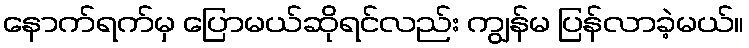
နောက်ရက်မှ ပြောမယ်ဆိုရင်လည်း ကျွန်မ ပြန်လာခဲ့မယ်။